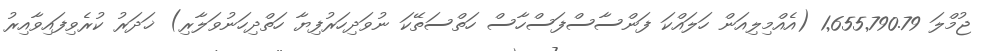
ޖުމްލަ 1